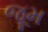
જૂમ